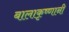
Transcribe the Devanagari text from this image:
बालाकृष्णानी